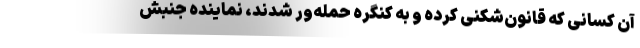
آن کسانی که قانون‌شکنی کرده و به کنگره حمله‌ور شدند، نماینده جنبش